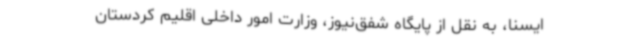
ایسنا، به نقل از پایگاه‌ شفق‌نیوز، وزارت امور داخلی اقلیم کردستان